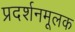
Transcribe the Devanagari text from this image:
प्रदर्शनमूलक